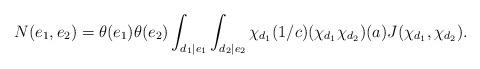
LaTeX: \begin{align*} N(e_1,e_2)= \theta(e_1)\theta(e_2) \int_{d_1|e_1} \int_{d_2|e_2} \chi_{d_1}(1/c)(\chi_{d_1}\chi_{d_2})(a)J(\chi_{d_1},\chi_{d_2}).\end{align*}